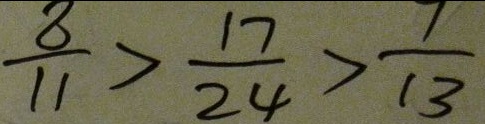
\frac { 8 } { 1 1 } > \frac { 1 7 } { 2 4 } > \frac { 7 } { 1 3 }